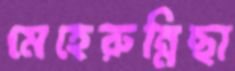
মেহেরুন্নিছা